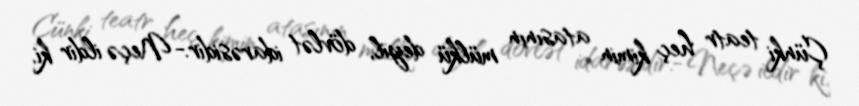
Çünki teatr heç kimin atasının mülkü deyil, dövlət idarəsidir.- Neçə ildir ki,